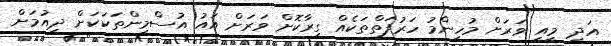
އަދި މީއީ ވަރަށް މުހިންމު ހަރުފަތްތަކެއް ގިރާކޮށް ވަރަށް އައު އުސްމިންތަކަކަށް ދިއުމަށް